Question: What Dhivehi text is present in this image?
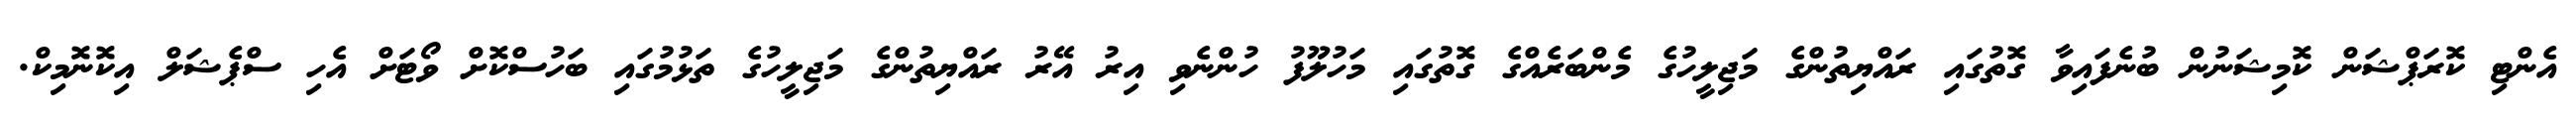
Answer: އެންޓި ކޮރަޕްޝަން ކޮމިޝަނުން ބުނެފައިވާ ގޮތުގައި ރައްޔިތުންގެ މަޖިލީހުގެ މެންބަރެއްގެ ގޮތުގައި މަހުލޫފު ހުންނެވި އިރު އޭރު ރައްޔިތުންގެ މަޖިލީހުގެ ތަޅުމުގައި ބަހުސްކޮށް ވޯޓަށް އެހި ސްޕެޝަލް އިކޮނޮމިކް.